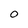
Character: O